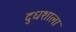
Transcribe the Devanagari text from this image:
दुधशाला